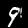
Label: 9